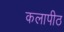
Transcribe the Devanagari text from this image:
कलापीठ